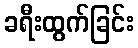
ခရီးထွက်ခြင်း